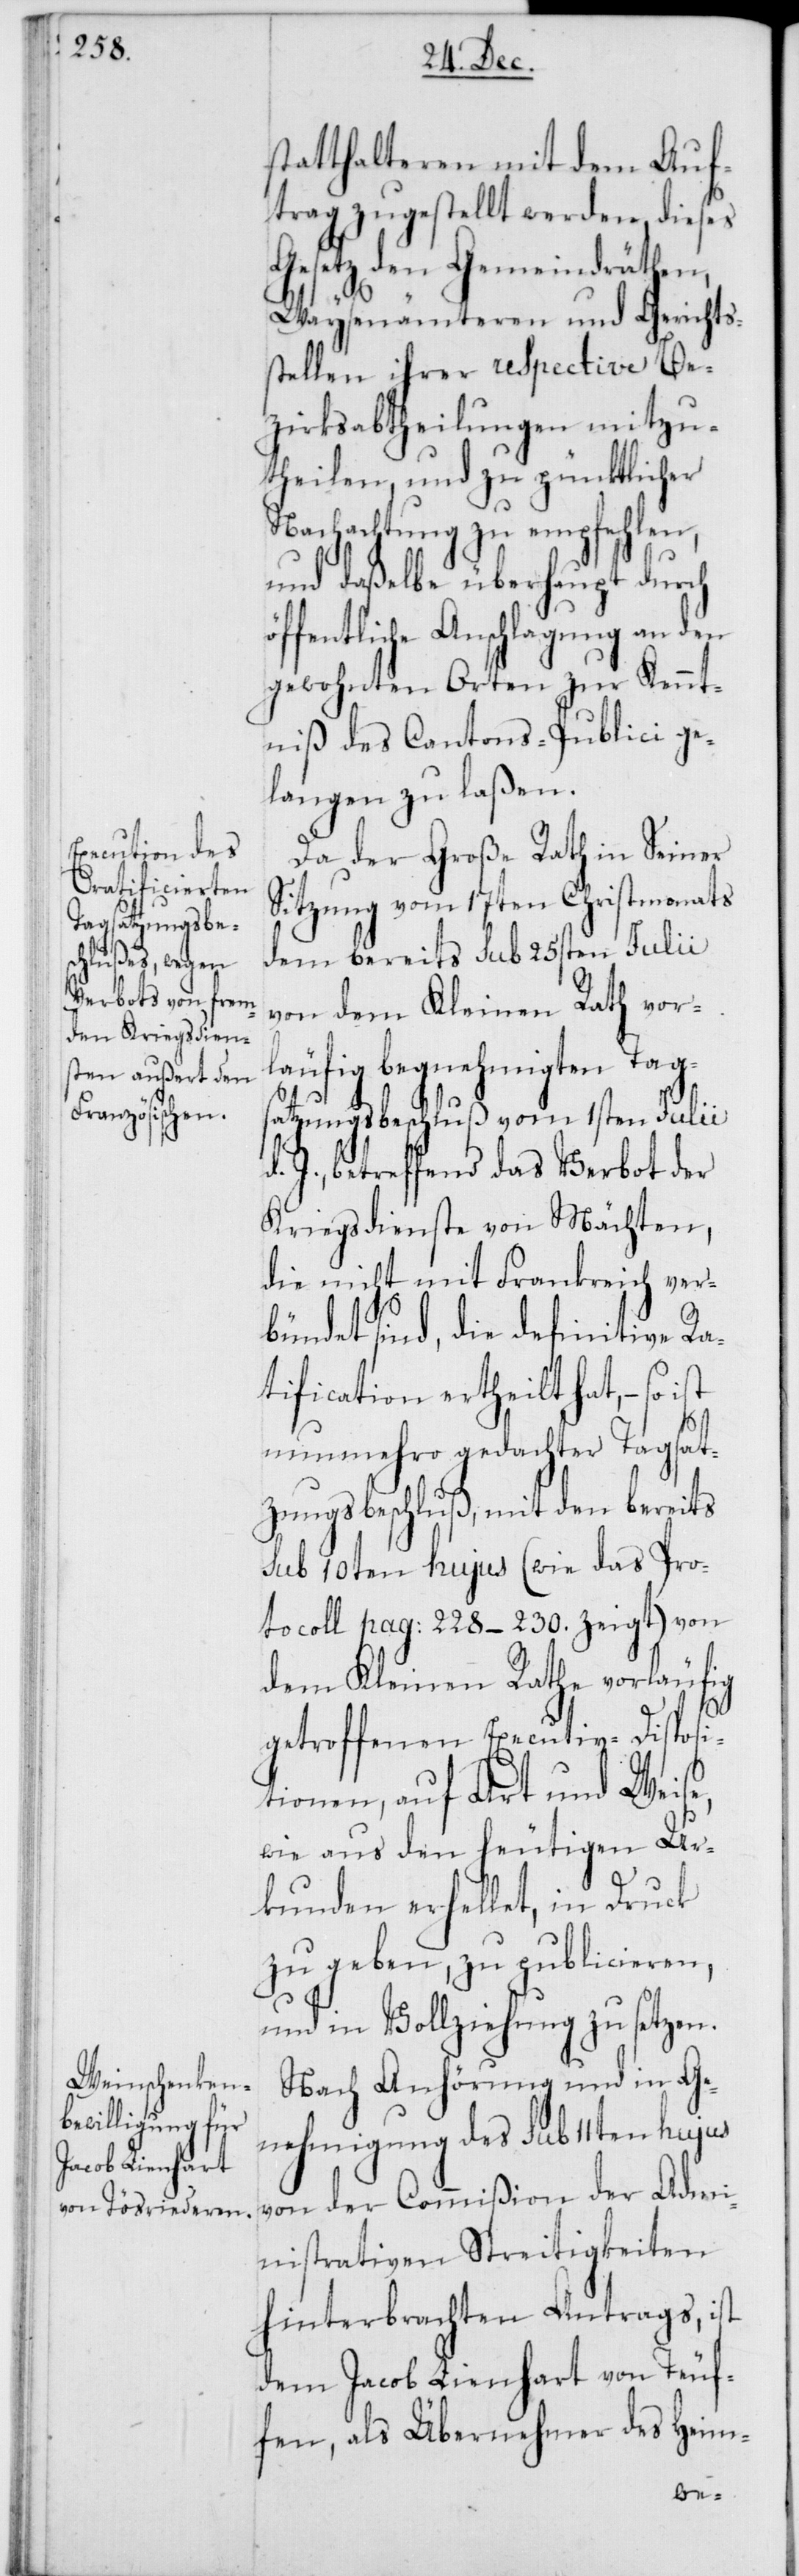
statthalteren mit dem Auf¬
trag zugestellt werden, dieses
Gesetz den Gemeindräthen,
Waysenämteren und Gerichts¬
stellen ihrer respective Be¬
zirksabtheilungen mitzu¬
theilen, und zu pünktlicher
Nachachtung zu empfehlen,
und daßelbe überhaupt durch
öffentliche Anschlagung an den
gewohnten Orten zur Kennt¬
niß des Cantons-Publici ge¬
langen zu laßen.
Da der Große Rath in Seiner
Sitzung vom 17ten Christmonats
dem bereits sub 25sten Julii
von dem Kleinen Rath vor¬
läufig begnehmigten Tags¬
atzungsbeschluß vom 1sten Julii
d. J., betreffend das Verbot der
Kriegsdienste von Mächten,
die nicht mit Frankreich ver¬
bündet sind, die definitive Ra¬
tification ertheilt hat, – so
nunmehro gedachter Tagsat¬
zungsbeschluß, mit den bereits
sub 10ten hujus (wie das Pro¬
tocoll pag: 228-230. zeigt) von
dem Kleinen Rathe vorläufig
getroffenen Executiv-Disposi¬
tionen, auf Art und Weise,
wie aus den heutigen Ur¬
kunden erhellet, in Druck
zu geben, zu publicieren,
und in Vollziehung zu setzen.
Nach Anhörung und in Ge¬
nehmigung des sub 11ten hujus
von der Commißion der Admi¬
nistrativen Streitigkeiten
hinterbrachten Antrags, ist
dem Jacob Lienhart von Teuf¬
fen, als Übernehmer des Heim-